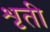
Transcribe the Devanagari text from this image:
शृती